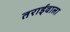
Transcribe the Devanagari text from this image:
तराईवाला